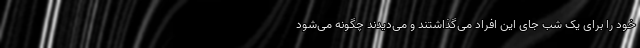
خود را برای یک شب جای این افراد می‌گذاشتند و می‌دیدند چگونه می‌شود